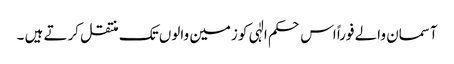
آسمان والے فوراً اس حکم الٰہی کو زمین والوں تک منتقل کرتے ہیں ۔